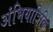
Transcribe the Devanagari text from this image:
अंभियात्रिकि